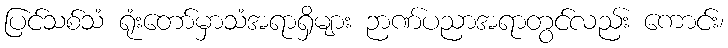
ပြင်သစ်သံ ရုံးတော်မှာသံအရာရှိများ ဉာဏ်ပညာအရာတွင်လည်း ကောင်း၊